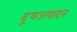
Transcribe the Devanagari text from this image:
दूधउत्पादन